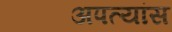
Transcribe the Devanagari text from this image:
अपत्यांस